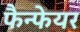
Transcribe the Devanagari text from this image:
फैन्फेयर